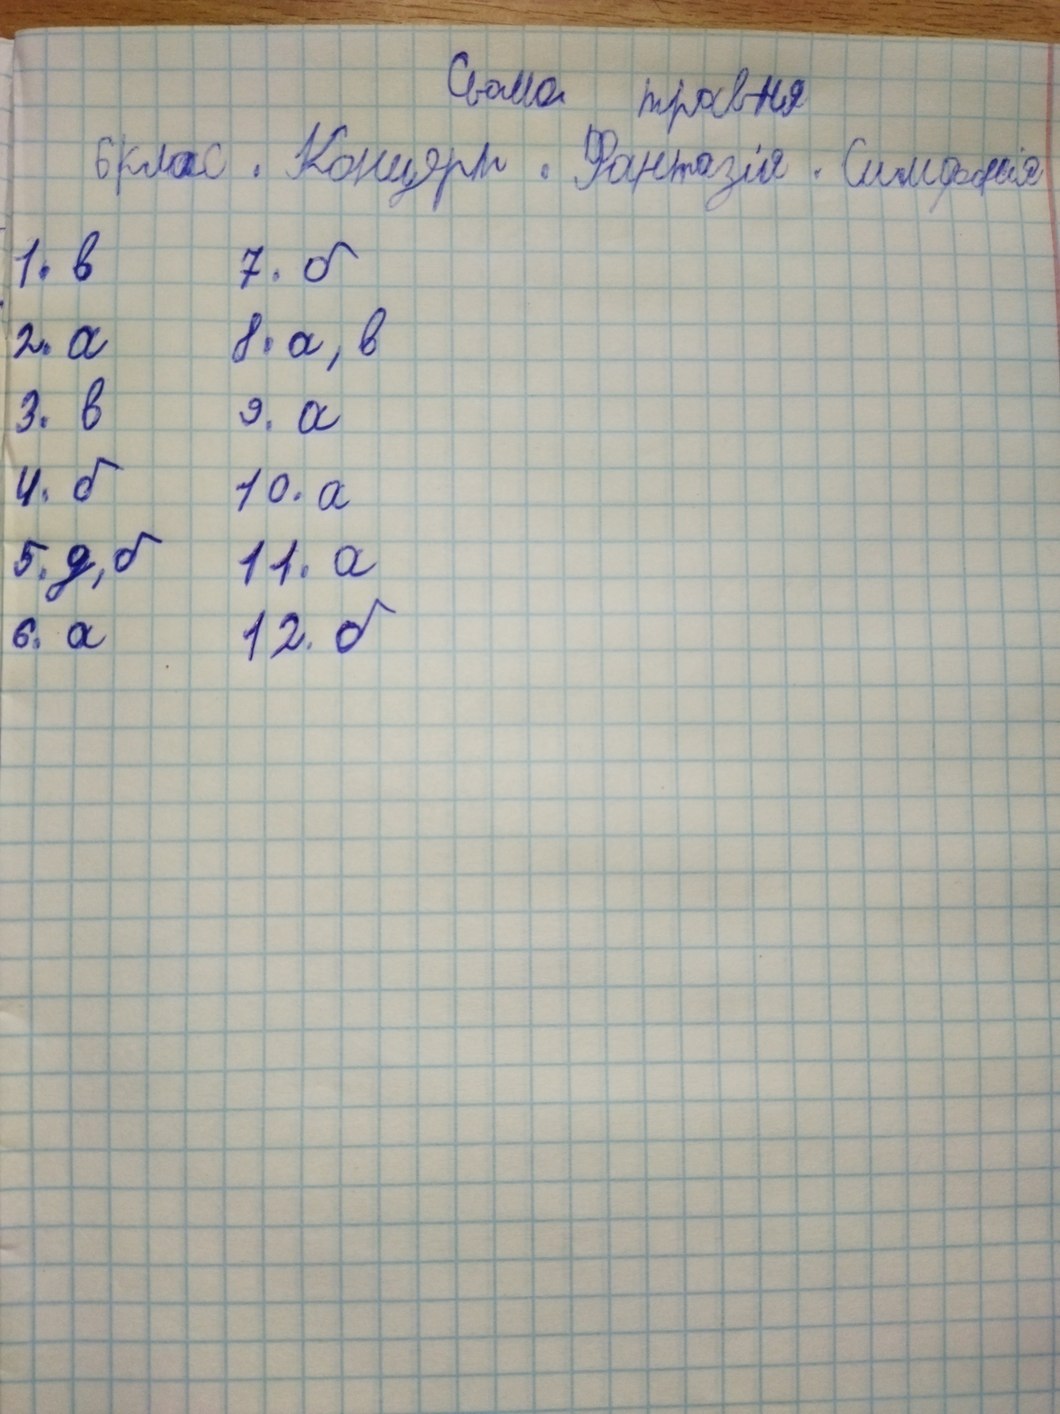
Свято травня
6 клас. Концерт. Фантазія. Симфонія
1. в
7. б
8. а, в
2. а
3. в
9. а
4. б
10. а
5. д, б
11. а
12. б
6. а